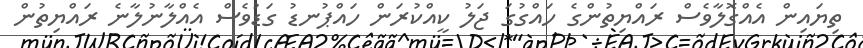
ތިޔައިން އެއްގޮލާވެސް ރައްޔިތުންގެ ހައްގުގަ ޖަލު ކީއްކުރަން ހައްޕުނޑު ގަޑުވެސް އެއްލާނުލާނެ ރައްޔިތުން